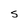
Character: S